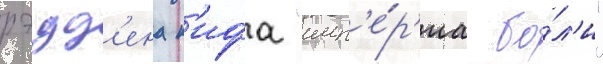
рэдд'ена к'ифа "имп'е́р'иа бо́л'и"